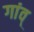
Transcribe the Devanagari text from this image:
गांव्